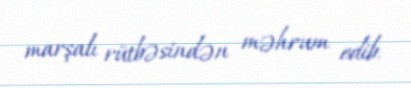
marşalı rütbəsindən məhrum edib.